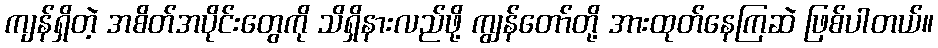
ကျန်ရှိတဲ့ အစိတ်အပိုင်းတွေကို သိရှိနားလည်ဖို့ ကျွန်တော်တို့ အားထုတ်နေကြဆဲ ဖြစ်ပါတယ်။